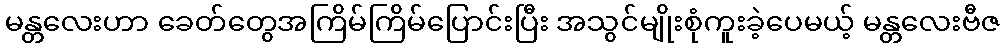
မန္တလေးဟာ ခေတ်တွေအကြိမ်ကြိမ်ပြောင်းပြီး အသွင်မျိုးစုံကူးခဲ့ပေမယ့် မန္တလေးဗီဇ